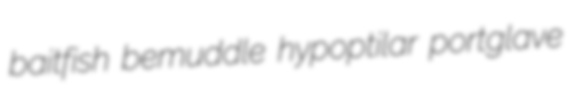
baitfish bemuddle hypoptilar portglave